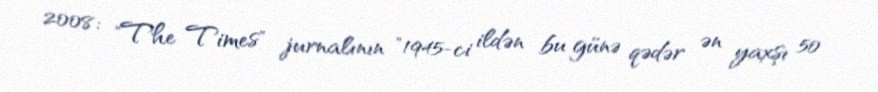
2008: "The Times" jurnalının "1945-ci ildən bu günə qədər ən yaxşı 50